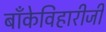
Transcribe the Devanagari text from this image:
बाँकेविहारीजी